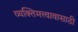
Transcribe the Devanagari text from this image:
व्यक्तिमत्त्वावासाठी